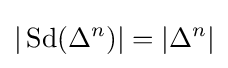
|\operatorname {Sd} (\Delta ^{n})|=|\Delta ^{n}|